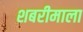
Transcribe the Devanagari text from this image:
शबरीमाला